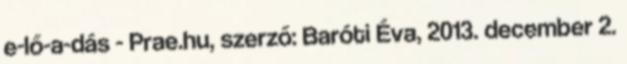
e-lő-a-dás - Prae.hu, szerző: Baróti Éva, 2013. december 2.